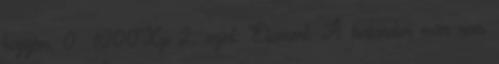
hajóján. 0 1000Xp 2. szint: Elismert: A kalandor már nem